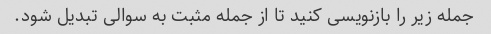
جمله زیر را بازنویسی کنید تا از جمله مثبت به سوالی تبدیل شود.